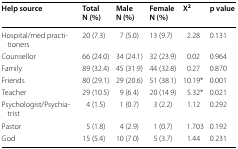
<table><thead><tr><td><b>Help source</b></td><td><b>TotalN (%)</b></td><td><b>MaleN (%)</b></td><td><b>FemaleN (%)</b></td><td><b>X<sup>2</sup></b></td><td><b>p value</b></td></tr></thead><tbody><tr><td>Hospital/med practitioners</td><td>20 (7.3)</td><td>7 (5.0)</td><td>13 (9.7)</td><td>2.28</td><td>0.131</td></tr><tr><td>Counsellor</td><td>66 (24.0)</td><td>34 (24.1)</td><td>32 (23.9)</td><td>0.02</td><td>0.964</td></tr><tr><td>Family</td><td>89 (32.4)</td><td>45 (31.9)</td><td>44 (32.8)</td><td>0.27</td><td>0.870</td></tr><tr><td>Friends</td><td>80 (29.1)</td><td>29 (20.6)</td><td>51 (38.1)</td><td>10.19*</td><td>0.001</td></tr><tr><td>Teacher</td><td>29 (10.5)</td><td>9 (6.4)</td><td>20 (14.9)</td><td>5.32*</td><td>0.021</td></tr><tr><td>Psychologist/Psychiatrist</td><td>4 (1.5)</td><td>1 (0.7)</td><td>3 (2.2)</td><td>1.12</td><td>0.292</td></tr><tr><td>Pastor</td><td>5 (1.8)</td><td>4 (2.9)</td><td>1 (0.7)</td><td>1.703</td><td>0.192</td></tr><tr><td>God</td><td>15 (5.4)</td><td>10 (7.0)</td><td>5 (3.7)</td><td>1.44</td><td>0.231</td></tr></tbody></table>